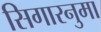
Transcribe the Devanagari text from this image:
सिगारनुमा